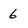
Character: 6